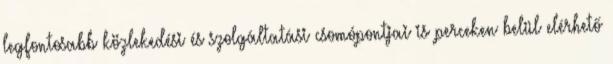
legfontosabb közlekedési és szolgáltatási csomópontjai is perceken belül elérhető